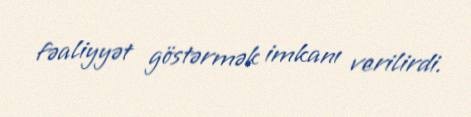
fəaliyyət göstərmək imkanı verilirdi.